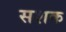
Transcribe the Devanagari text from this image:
सशक